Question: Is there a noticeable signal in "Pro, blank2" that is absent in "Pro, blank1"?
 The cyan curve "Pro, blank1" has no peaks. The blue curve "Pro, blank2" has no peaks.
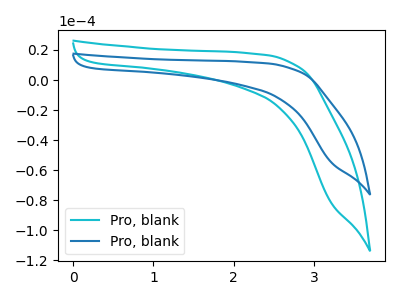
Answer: <think>Neither "Pro, blank2" or "Pro, blank1" have any peaks.
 </think>
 <answer>No, "Pro, blank2" and "Pro, blank1" don't appear to be significantly different in shape</answer>
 <eval>no_change</eval>